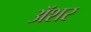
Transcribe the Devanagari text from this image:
अॅशर